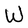
Character: W